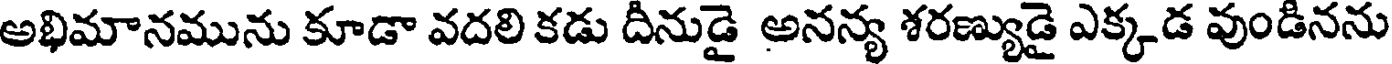
అభిమానమును కూడా వదలి కడు దీనుడై అనన్య శరణ్యుడై ఎక్కడ వుండినను